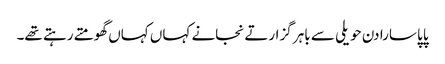
پاپا سارا دن حویلی سے باہر گزارتے نجانے کہاں کہاں گھومتے رہتے تھے۔